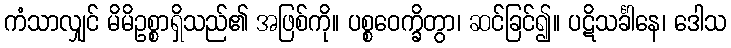
ကံသာလျှင် မိမိဥစ္စာရှိသည်၏ အဖြစ်ကို။ ပစ္စဝေက္ခိတွာ၊ ဆင်ခြင်၍။ ပဋိသင်္ခါနေ၊ ဒေါသ